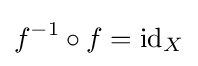
f^{-1}\circ f=\operatorname {id} _{X}